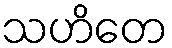
သဟိတေ